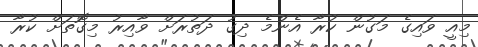
މިއީ ވައިގެ މަގުން ކުރާ އެންމެ ދިގު ދަތުރަށް ވާއިރު މިގޮތަށް ކުރާ